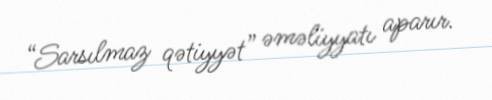
“Sarsılmaz qətiyyət” əməliyyatı aparır.